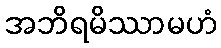
အဘိရမိဿာမဟံ